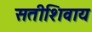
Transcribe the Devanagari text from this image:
सतीशिवाय